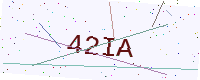
Text: 42IA